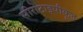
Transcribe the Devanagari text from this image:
सीरोटाइपीकृत